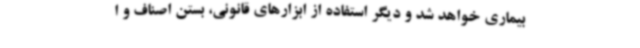
بیماری خواهد شد و دیگر استفاده از ابزارهای قانونی، بستن اصناف و ا